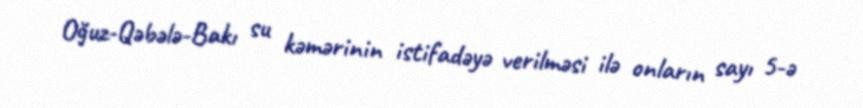
Oğuz-Qəbələ-Bakı su kəmərinin istifadəyə verilməsi ilə onların sayı 5-ə